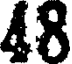
48